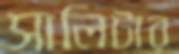
সালিটার